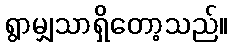
ရွာမျှသာရှိတော့သည်။